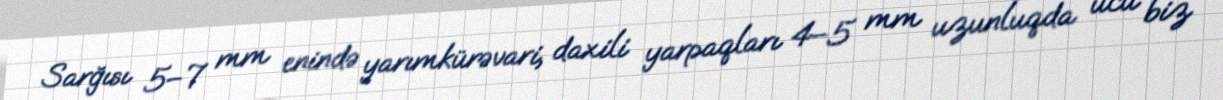
Sarğısı 5–7 mm enində yarımkürəvari, daxili yarpaqları 4–5 mm uzunluqda ucu biz